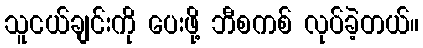
သူငယ်ချင်းကို ပေးဖို့ ဘီစကစ် လုပ်ခဲ့တယ်။